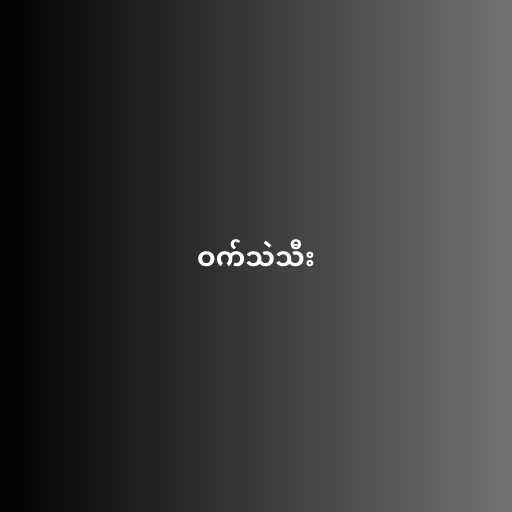
ဝက်သဲသီး